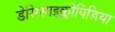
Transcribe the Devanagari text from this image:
डेसिसाइक्लोपिडिया